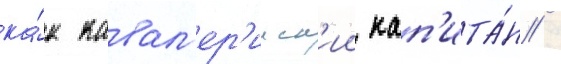
ка́к кавал'ер'ииск'ии кап'ита́н /